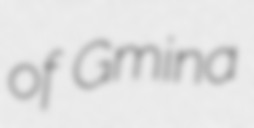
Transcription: of Gmina